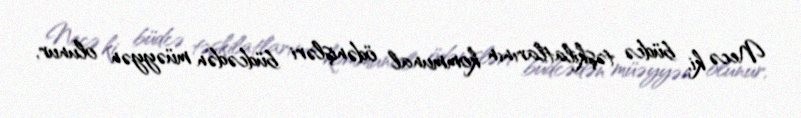
Necə ki, büdcə təşkilatlarının kommunal ödənişləri büdcədən müəyyən olunur,